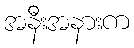
အနီးအနားက